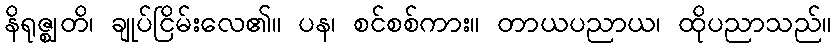
နိရုဇ္ဈတိ၊ ချုပ်ငြိမ်းလေ၏။ ပန၊ စင်စစ်ကား။ တာယပညာယ၊ ထိုပညာသည်။